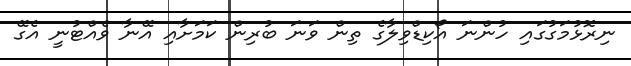
ނިރޮޅުމަގުގައި ހުންނަ އޯކިޑްވިލާގެ ތިން ވަނަ ބުރިން ކަމަށާއި އޭނާ ވެއްޓުނީ އެގޭ